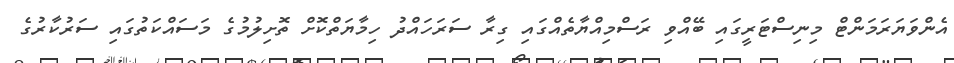
އެންވަޔަރަމަންޓް މިނިސްޓަރީގައި ބޭއްވި ރަސްމިއްޔާތެއްގައި ގިރާ ސަރަހައްދު ހިމާޔަތްކޮށް ތޮށިލުމުގެ މަސައްކަތުގައި ސަރުކާރުގެ